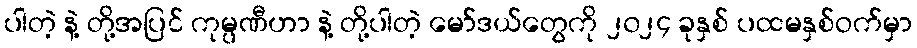
ပါတဲ့ နဲ့ တို့အပြင် ကုမ္ပဏီဟာ နဲ့ တို့ပါတဲ့ မော်ဒယ်တွေကို ၂၀၂၄ ခုနှစ် ပထမနှစ်ဝက်မှာ